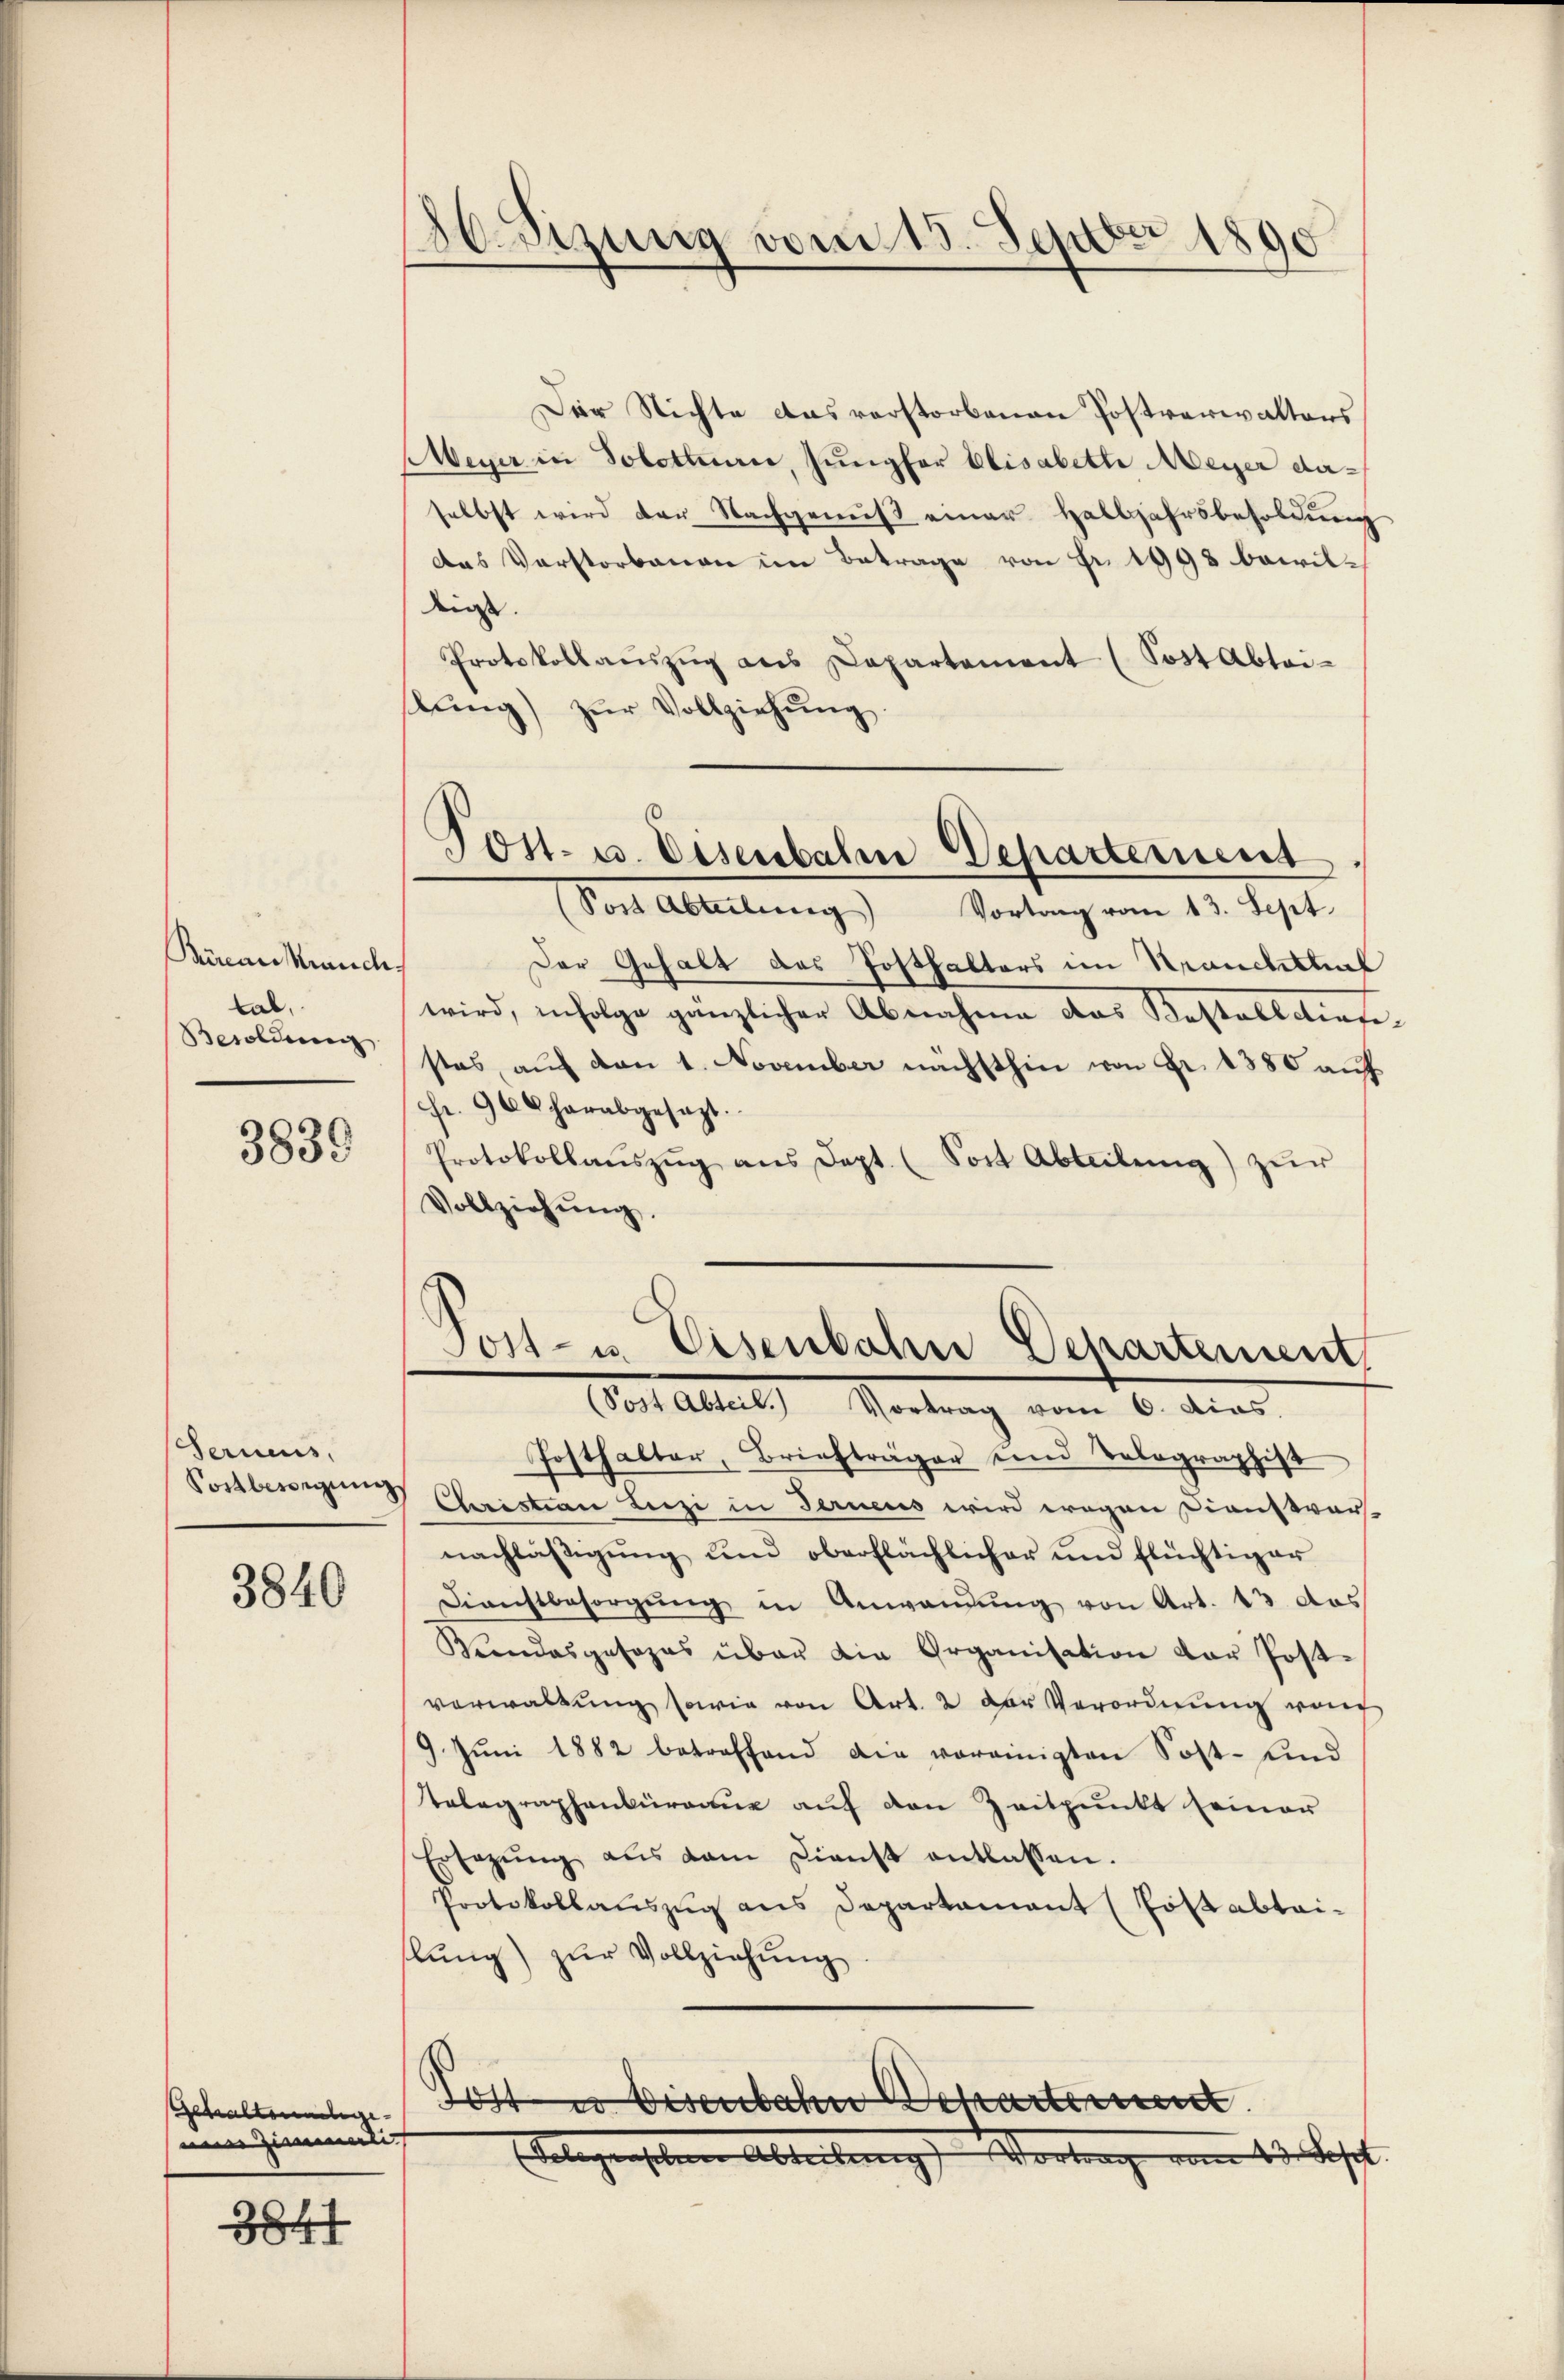
Büreau rauchs
tab,
Besoldung

3839

Ferneus,
Sostbewegung

3840

Gehaltennlege
nem Zimmerlich

3847

.
Beizung vom 15. Sepor 1890

Post- u. Eisenbahn Departement,
Sost Abteilung Vortrag vom 13. Sept.

Der Nichte Ausverstorbenen Postverwalters
Meyer in Solothurn, Jungfer Elisabette Meyer daselbst wird der Nachgenus einer Halbjahrsbesoldŭng
das Verstorbenen im Betrage von Fr. 1998 bewildeirst. |
Protokollaŭszŭg als Departement (Sost Abtei-
lŭng zŭr Vollziehŭng
Der Gehalt das Posthalters im Kranchtteil
wird, infolge gänzlicher Abnahme das Kostelldiefe
stes aŭf den 1. November nächsthin von Fr. 1380 aŭf
fr. 964 herabgesagt.
Protokollaŭszŭg aŭs Sept. (Fort Abteilŭng zŭr
Vollziehŭng.
Post- u. Eisenbahne Departement
(Post Abteil. Vortrag vom 6. dies
Fosthalter, Briefträger und Telegraphist
Christian Lieze in Ferneus wird wegen Dienstvors
nachläβigŭng und oberflächlicher und flüchtiger
Dienstbesorgŭng in Anwendung von Art. 13 das
Wundesgesezes über die Organisation der Post-
verwaltŭng sowie von Art. 2 der Verordnŭng von
9. Juni 1882 betreffend die vereinigten Sost- und
Telegraphenbranne auf den Zeitpunkt seiner
Ersetzŭng aus dem Dienst entlassen.
Protokollauszug aus Departamant (Post abtaihlung) zŭr Vollziehung
Jost es Eisenbahn Departement
(Gelegenschen Abteilung Vortrag vom 23. Sept